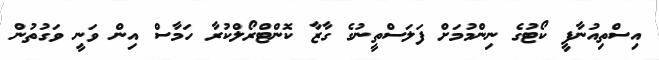
އިސްތިއުނާފީ ކޯޓުގެ ނިންމުމަށް ފަލަސްތީނުގެ ގާޒާ ކޮންޓްރޯލްކުރާ ހަމާސް އިން ވަނީ ވަގުތުން